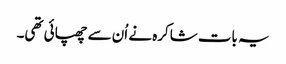
یہ بات شاکرہ نے اُن سے چھپائی تھی۔